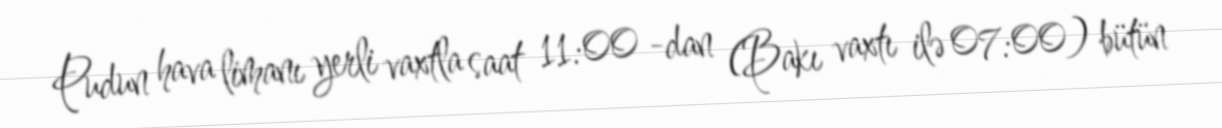
Pudun hava limanı yerli vaxtla saat 11:00 -dan (Bakı vaxtı ilə 07:00) bütün